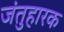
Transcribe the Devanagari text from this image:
जंतुहारक